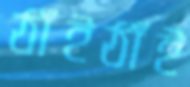
ঠাঁইঠাঁই